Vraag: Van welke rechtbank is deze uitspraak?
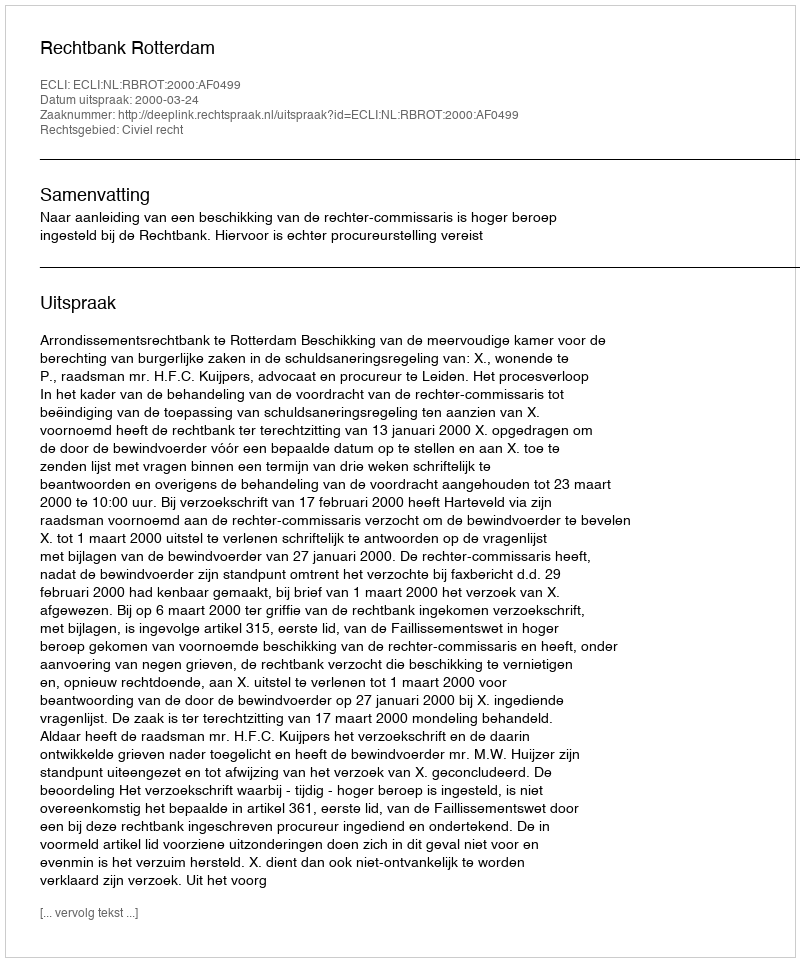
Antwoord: Rechtbank Rotterdam